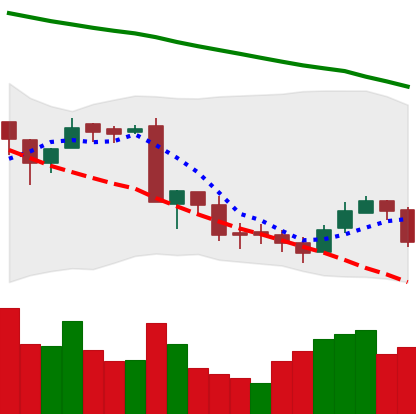
Ticker: BNB-USD
Chart end date: 2018-09-17
Forward return: 8.928%
Label: up_7plus